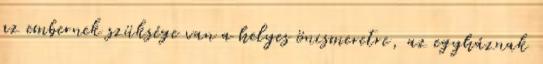
az embernek szüksége van a helyes önismeretre, az egyháznak